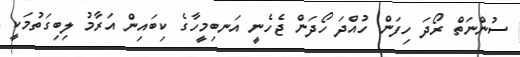
ސުންނަތް ރޯދަ ހިފަން ހުއްދަ ހޯދަން ޖެހެނީ އަނބިމީހާގެ ކިބައިން އަރާމު ލިބިގަތުމަކީ